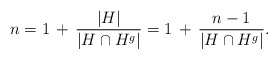
\begin{align*}n = 1 \,+\, \frac{|H|}{|H \cap H^g|} = 1 \,+\, \frac{n-1}{|H \cap H^g|}.\end{align*}